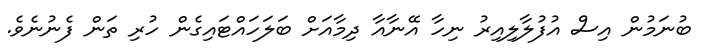
ބުނަމުން އިސް އުފުލާލިއިރު ނިހާ އޭނާއާ ދިމާއަށް ބަލަހައްޓައިގެން ހުރި ތަން ފެނުނެވެ.